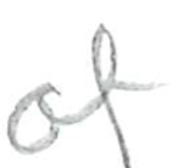
Text: of
Cross-out: clean
Writing tool: pencil